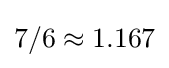
7/6\approx 1.167